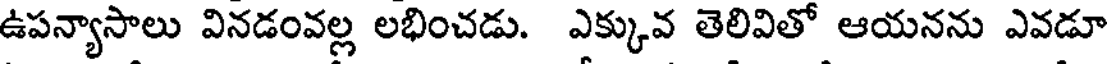
ఉపన్యాసాలు వినడంవల్ల లభించడు. ఎక్కువ తెలివితో ఆయనను ఎవడూ